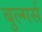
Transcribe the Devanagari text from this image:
बुल्गर्स